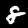
Digit: 8